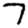
Digit: 7